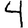
Digit: 4